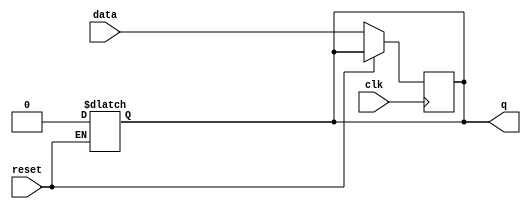
module async_reset_ff (
    input wire reset,      // Asynchronous reset (active high)
    input wire clk,        // Clock signal
    input wire data,       // Data input signal
    output reg q           // Output stored state
);

// Asynchronous reset behavior
always @* begin
    if (reset) begin
        q = 1'b0; // Reset output to 0
    end
end

// Synchronous behavior on clock edge
always @(posedge clk) begin
    if (!reset) begin
        q <= data; // Update output with data on clock edge if not reset
    end
end

endmodule